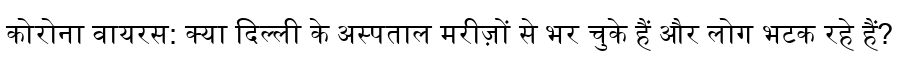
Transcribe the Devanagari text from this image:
कोरोना वायरस: क्या दिल्ली के अस्पताल मरीज़ों से भर चुके हैं और लोग भटक रहे हैं?